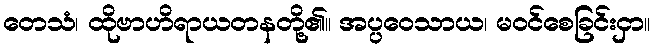
တေသံ၊ ထိုဗာဟိရာယတနတို့၏။ အပ္ပဝေသာယ၊ မဝင်စေခြင်းငှာ။